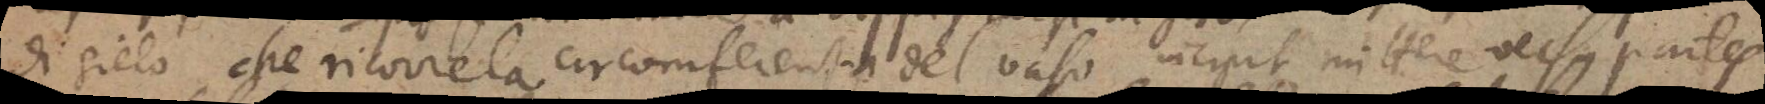
di gielo che ricorre la circomferentia del vaso incipit mittere versus partes